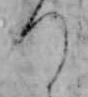
つ